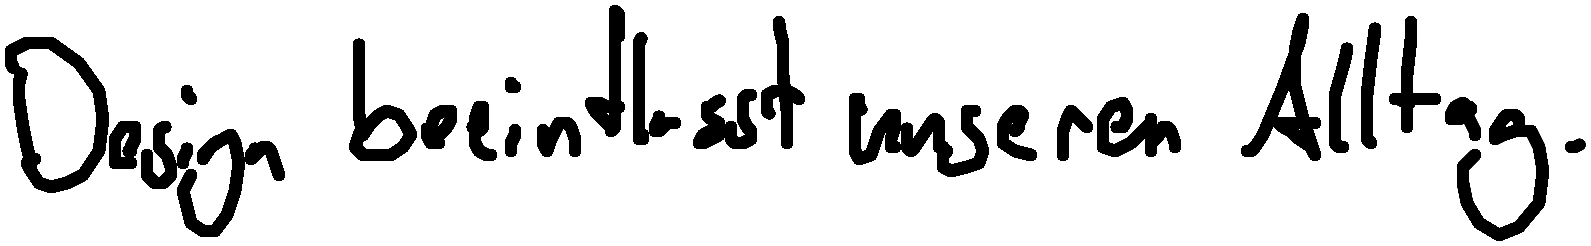
Design beeinflusst unseren Alltag.